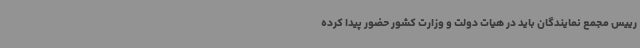
رییس مجمع نمایندگان باید در هیات دولت و وزارت کشور حضور پیدا کرده